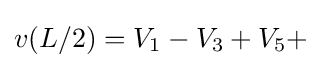
v(L/2)=V_{1}-V_{3}+V_{5}+